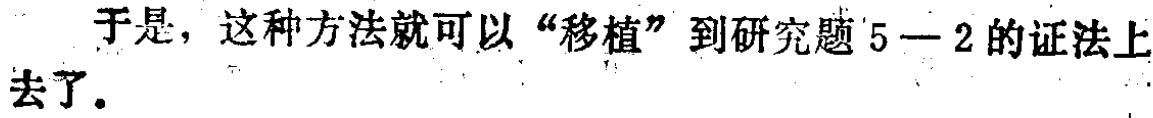
于是，这种方法就可以“移植”到研究题`5 - 2`的证法上去了。